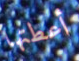
أعطتها